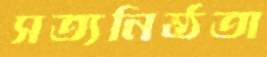
সত্যনিষ্ঠতা